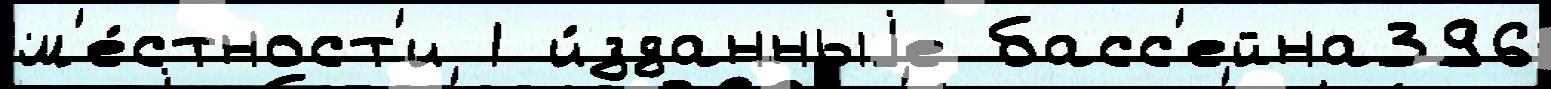
м'е́стност'и 1 и́зданныjе басс'ейна396